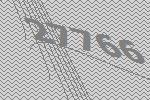
27766